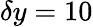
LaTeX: \delta y=10